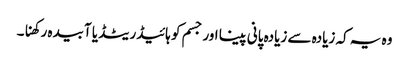
وہ یہ کہ زیادہ سے زیادہ پانی پینا اور جسم کو ہائیڈریٹڈ یا آبیدہ رکھنا۔